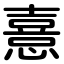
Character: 憙